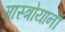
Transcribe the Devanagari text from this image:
मास्त्रोयानी